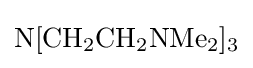
{\mathrm {N} [\mathrm {CH} {\vphantom {A}}_{\smash[{t}]{2}}\mathrm {CH} {\vphantom {A}}_{\smash[{t}]{2}}\mathrm {NMe} {\vphantom {A}}_{\smash[{t}]{2}}]{\vphantom {A}}_{\smash[{t}]{3}}}